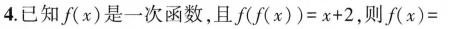
4.已知f(x)是一次函数,且$ $f ( f ( x ) ) = x + 2 $ $,则f(x)=